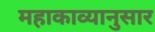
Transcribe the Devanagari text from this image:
महाकाव्यानुसार